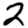
Digit: 2